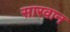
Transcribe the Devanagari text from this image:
सारवान